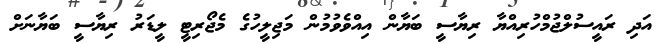
އަދި ރައީސުލްޖުމްހުރިއްޔާ ރިޔާސީ ބަޔާން އިއްވެވުމުން މަޖިލީހުގެ މެޖޯރިޓީ ލީޑަރު ރިޔާސީ ބަޔާނަށް